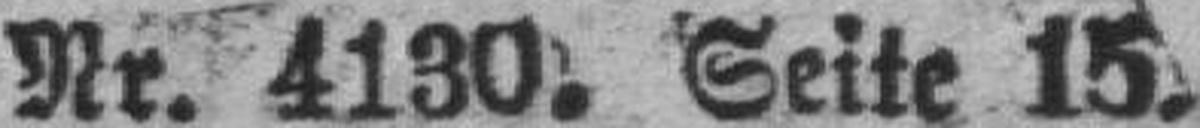
Nr. 4130, Seite 15.